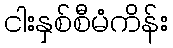
ငါးနှစ်စီမံကိန်း